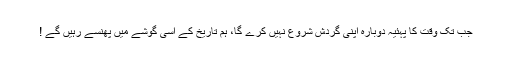
جب تک وقت کا پہئیہ دوبارہ اپنی گردش شروع نہیں کرے گا، ہم تاریخ کے اسی گوشے میں پھنسے رہیں گے !